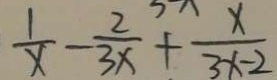
\frac { 1 } { x } - \frac { 2 } { 3 x } + \frac { x } { 3 x - 2 }